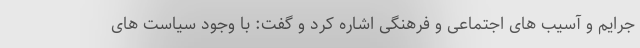
جرایم و آسیب های اجتماعی و فرهنگی اشاره کرد و گفت: با وجود سیاست های